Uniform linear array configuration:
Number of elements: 24
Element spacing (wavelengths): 0.25
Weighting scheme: hamming
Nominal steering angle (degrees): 45
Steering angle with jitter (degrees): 45.328
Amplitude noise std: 0.05
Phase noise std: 0.05

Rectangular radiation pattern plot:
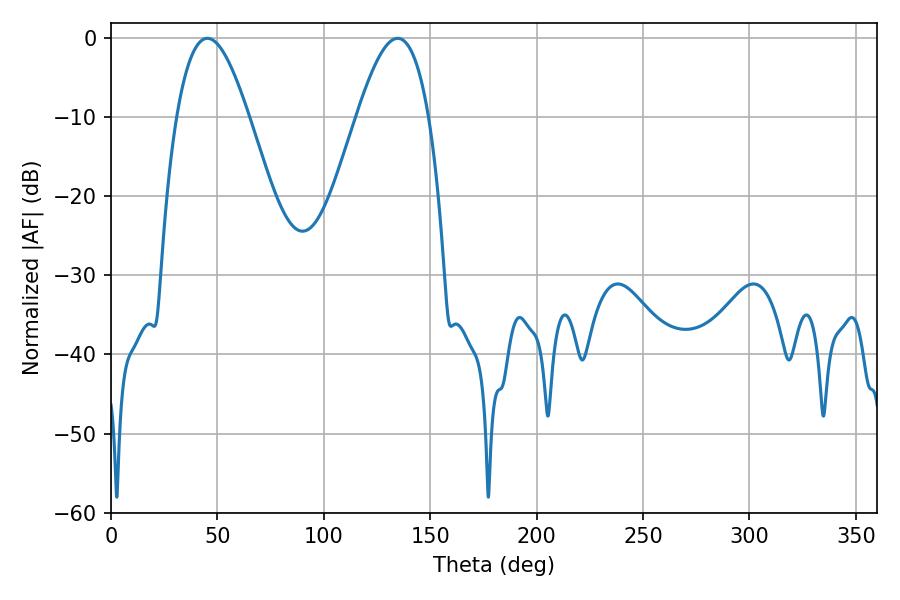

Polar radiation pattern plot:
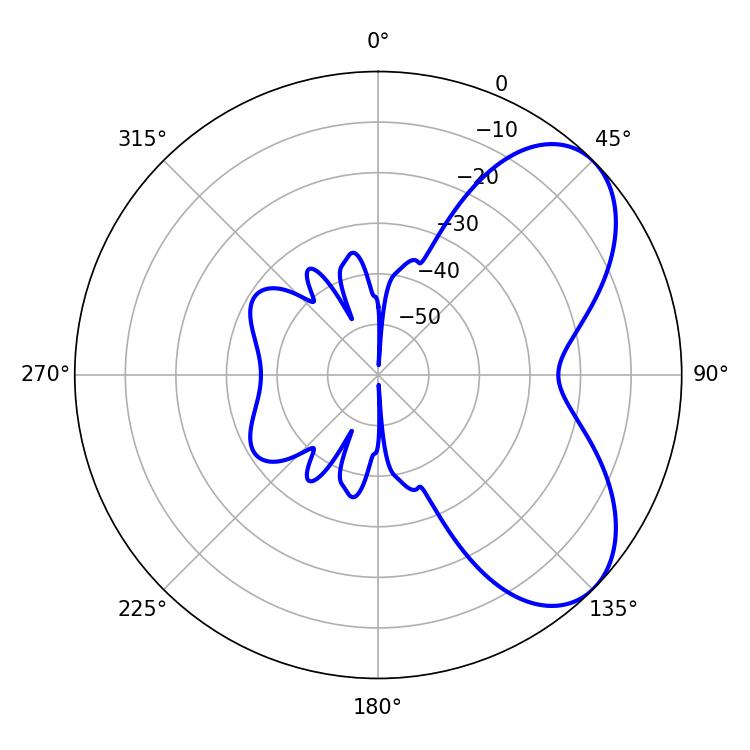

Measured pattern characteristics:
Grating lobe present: FALSE
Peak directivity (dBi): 5.973
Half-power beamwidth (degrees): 18.36
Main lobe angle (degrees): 45.36